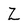
Character: Z